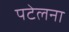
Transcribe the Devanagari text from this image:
पटेलना